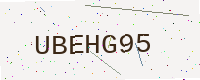
Text: UBEHG95